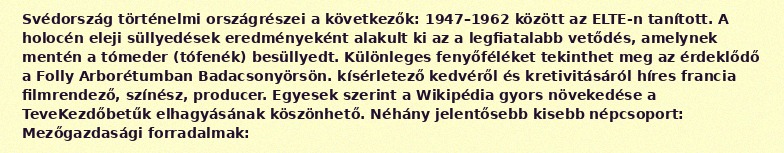
Svédország történelmi országrészei a következők: 1947–1962 között az ELTE-n tanított. A holocén eleji süllyedések eredményeként alakult ki az a legfiatalabb vetődés, amelynek mentén a tómeder (tófenék) besüllyedt. Különleges fenyőféléket tekinthet meg az érdeklődő a Folly Arborétumban Badacsonyörsön. kísérletező kedvéről és kretivitásáról híres francia filmrendező, színész, producer. Egyesek szerint a Wikipédia gyors növekedése a TeveKezdőbetűk elhagyásának köszönhető. Néhány jelentősebb kisebb népcsoport: Mezőgazdasági forradalmak: